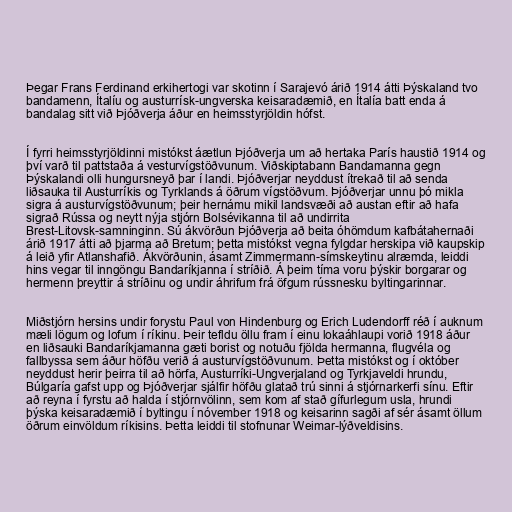
Þegar Frans Ferdinand erkihertogi var skotinn í Sarajevó árið 1914 átti Þýskaland tvo
bandamenn, Ítalíu og austurrísk-ungverska keisaradæmið, en Ítalía batt enda á
bandalag sitt við Þjóðverja áður en heimsstyrjöldin hófst.

Í fyrri heimsstyrjöldinni mistókst áætlun Þjóðverja um að hertaka París haustið 1914 og
því varð til pattstaða á vesturvígstöðvunum. Viðskiptabann Bandamanna gegn
Þýskalandi olli hungursneyð þar í landi. Þjóðverjar neyddust ítrekað til að senda
liðsauka til Austurríkis og Tyrklands á öðrum vígstöðvum. Þjóðverjar unnu þó mikla
sigra á austurvígstöðvunum; þeir hernámu mikil landsvæði að austan eftir að hafa
sigrað Rússa og neytt nýja stjórn Bolsévikanna til að undirrita
Brest-Litovsk-samninginn. Sú ákvörðun Þjóðverja að beita óhömdum kafbátahernaði
árið 1917 átti að þjarma að Bretum; þetta mistókst vegna fylgdar herskipa við kaupskip
á leið yfir Atlanshafið. Ákvörðunin, ásamt Zimmermann-símskeytinu alræmda, leiddi
hins vegar til inngöngu Bandaríkjanna í stríðið. Á þeim tíma voru þýskir borgarar og
hermenn þreyttir á stríðinu og undir áhrifum frá öfgum rússnesku byltingarinnar.

Miðstjórn hersins undir forystu Paul von Hindenburg og Erich Ludendorff réð í auknum
mæli lögum og lofum í ríkinu. Þeir tefldu öllu fram í einu lokaáhlaupi vorið 1918 áður
en liðsauki Bandaríkjamanna gæti borist og notuðu fjölda hermanna, flugvéla og
fallbyssa sem áður höfðu verið á austurvígstöðvunum. Þetta mistókst og í október
neyddust herir þeirra til að hörfa, Austurríki-Ungverjaland og Tyrkjaveldi hrundu,
Búlgaría gafst upp og Þjóðverjar sjálfir höfðu glatað trú sinni á stjórnarkerfi sínu. Eftir
að reyna í fyrstu að halda í stjórnvölinn, sem kom af stað gífurlegum usla, hrundi
þýska keisaradæmið í byltingu í nóvember 1918 og keisarinn sagði af sér ásamt öllum
öðrum einvöldum ríkisins. Þetta leiddi til stofnunar Weimar-lýðveldisins.